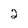
Character: 2